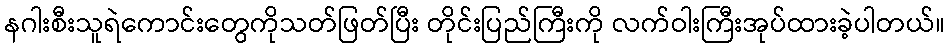
နဂါးစီးသူရဲကောင်းတွေကိုသတ်ဖြတ်ပြီး တိုင်းပြည်ကြီးကို လက်ဝါးကြီးအုပ်ထားခဲ့ပါတယ်။